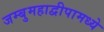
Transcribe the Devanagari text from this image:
जम्बुमहाद्वीपामध्ये